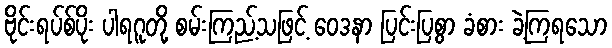
ဗိုင်းရပ်စ်ပိုး ပါရဂူတို့ စမ်းကြည့်သဖြင့် ဝေဒနာ ပြင်းပြစွာ ခံစား ခဲ့ကြရသော